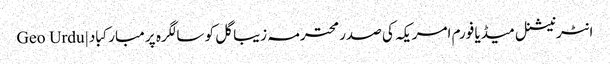
انٹرنیشنل میڈیا فورم امریکہ کی صدر محترمہ زیبا گل کو سالگرہ پر مبارکباد | Geo Urdu